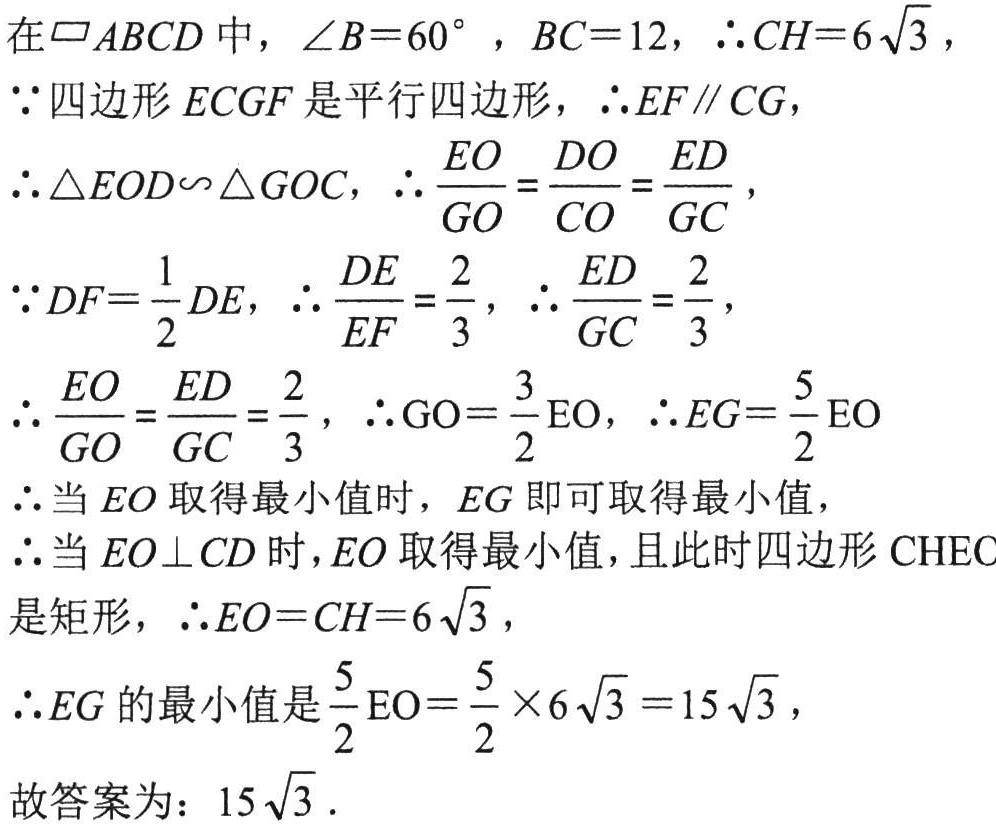
在$\square ABCD$中，$\angle B = 60^{\circ}$，$BC = 12$，$\therefore CH = 6\sqrt{3}$，

$\because$四边形$ECGF$是平行四边形，$\therefore EF\parallel CG$，

$\therefore \triangle EOD\backsim\triangle GOC$，$\therefore \frac{EO}{GO}=\frac{DO}{CO}=\frac{ED}{GC}$，

$\because DF=\frac{1}{2}DE$，$\therefore \frac{DE}{EF}=\frac{2}{3}$，$\therefore \frac{ED}{GC}=\frac{2}{3}$，

$\therefore \frac{EO}{GO}=\frac{ED}{GC}=\frac{2}{3}$，$\therefore GO = \frac{3}{2}EO$，$\therefore EG=\frac{5}{2}EO$

$\therefore$当$EO$取得最小值时，$EG$即可取得最小值，

$\therefore$当$EO\perp CD$时，$EO$取得最小值，且此时四边形$CHEC$是矩形，$\therefore EO = CH = 6\sqrt{3}$，

$\therefore EG$的最小值是$\frac{5}{2}EO=\frac{5}{2}\times6\sqrt{3}=15\sqrt{3}$，

故答案为：$15\sqrt{3}$．